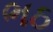
ભઠ